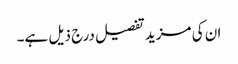
ان کی مزید تفصیل درج ذیل ہے۔